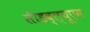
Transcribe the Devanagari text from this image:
सीडब्ल्यूएम